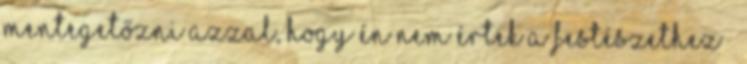
mentegetőzni azzal, hogy én nem értek a festészethez –